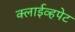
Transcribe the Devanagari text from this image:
क्लाईव्हपेट